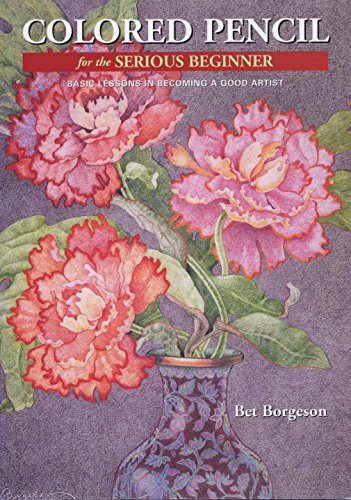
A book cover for Colored Pencil for the Serious Beginner: Basic Lessons in Becoming a Good Artist; Bet Borgeson; Arts & Photography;